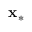
\mathbf { x } _ { * }